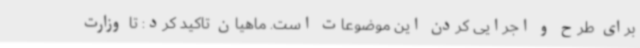
برای طرح و اجرایی کردن این موضوعات است. ماهیان تاکید کرد: تا وزارت